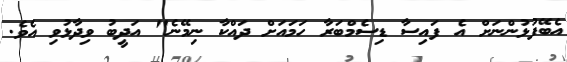
އެބޭފުޅުންނަށް އެ ފައިސާ ޑިސެމްބަރާ ހަމައަށް ދައްކާ ނިމޭނެ" އަދީބު ވިދާޅުވި އެވެ.